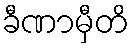
ခီဏာမှီတိ